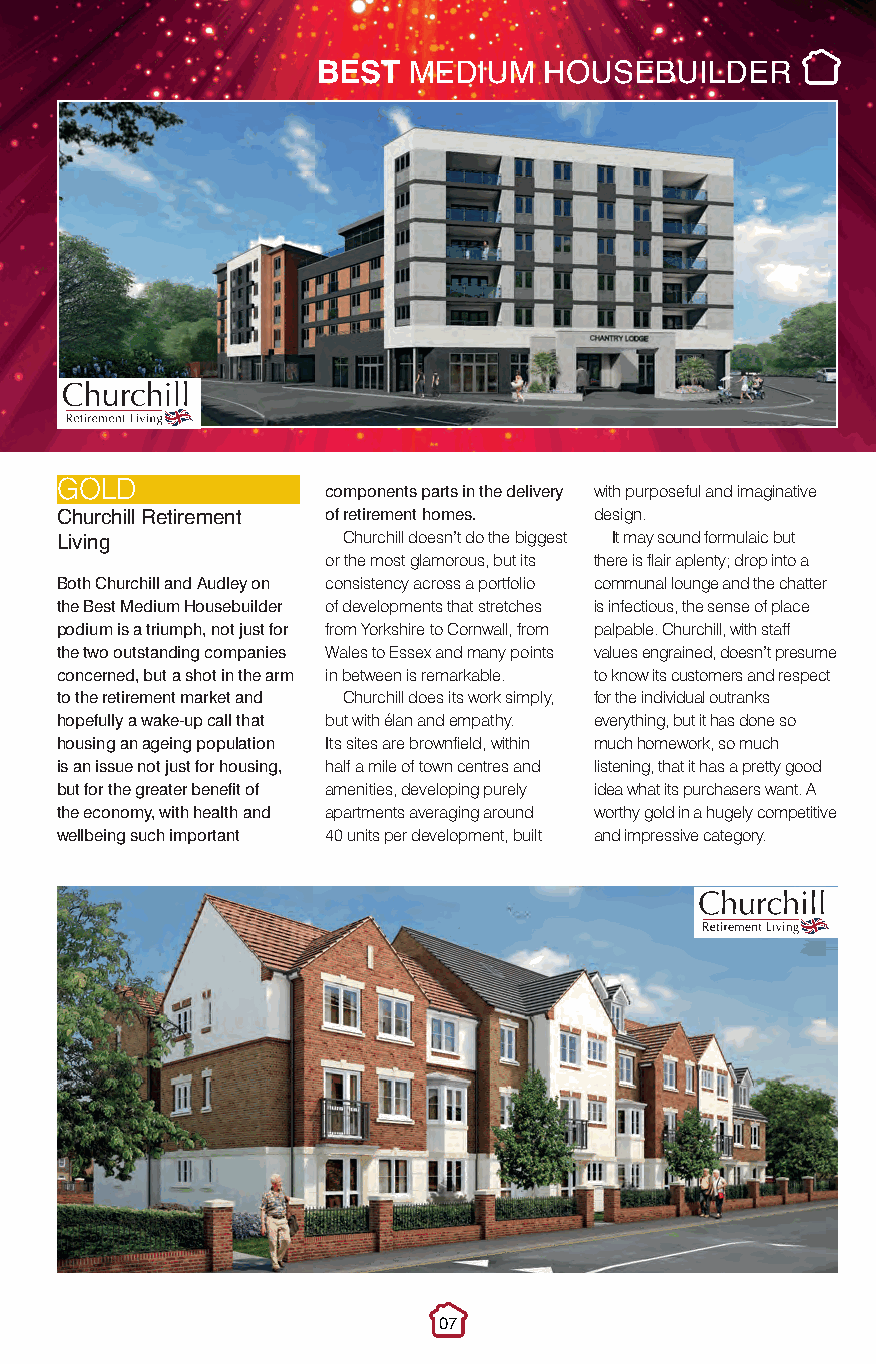
Best Medium.qxp_Layout 1 10/11/2016 20:55 Page 1
 BEST  MEDIUM   HOUSEBUILDER
 GOLD
 components parts in the delivery with purposeful and imaginative
 of retirement homes. design.
 Churchill Retirement Churchill doesn’t do the biggest It may sound formulaic but
 Living            or the most glamorous, but its there is flair aplenty; drop into a
 Both Churchill and Audley on consistency across a portfolio communal lounge and the chatter
 the Best Medium Housebuilder of developments that stretches is infectious, the sense of place
 podium is a triumph, not just for from Yorkshire to Cornwall, from palpable. Churchill, with staff
 the two outstanding companies Wales to Essex and many points values engrained, doesn’t presume
 concerned, but a shot in the arm in between is remarkable. to know its customers and respect
 to the retirement market and Churchill does its work simply, for the individual outranks
 hopefully a wake-up call that but with élan and empathy. everything, but it has done so
 housing an ageing population Its sites are brownfield, within much homework, so much
 is an issue not just for housing, half a mile of town centres and listening, that it has a pretty good
 but for the greater benefit of amenities, developing purely idea what its purchasers want. A
 the economy, with health and apartments averaging around worthy gold in a hugely competitive
 wellbeing such important 40 units per development, built and impressive category.
 07